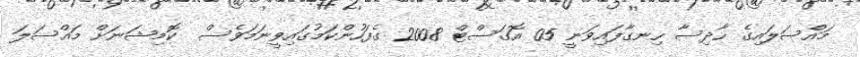
މައްސަލައިގެ ހާދިސާ ހިނގާފައިވަނީ 05 އޮގަސްޓް 2008 ގެފަހުންކަމުގައިވީނަމަވެސް  ކޮމިޝަނަށް މައްސަލަ